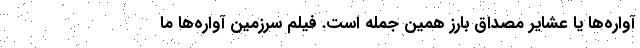
آواره‌ها یا عشایر مصداق بارز همین جمله است. فیلم سرزمین آواره‌ها ما